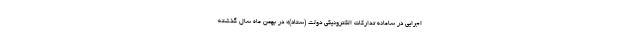
اجرایی در سامانه تدارکات الکترونیکی دولت (ستاد)» در بهمن ماه سال گذشته